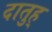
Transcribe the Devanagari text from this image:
दातुह्